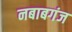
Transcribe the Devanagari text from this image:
नबाबगंज